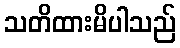
သတိထားမိပါသည်